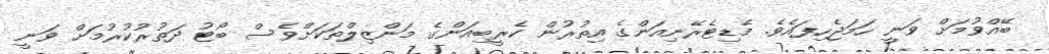
ބޭއްވުމަށް ވަނީ ހަމަޖެހިފައެވެ. މެޑިޓެރޭނިއަންގެ އިތުރުން ކެރީބިއަންގެ މަންޒިލްތަކަށްވެސް ބޯޓު ދަތުރުކުރުމަށް ވަނީ